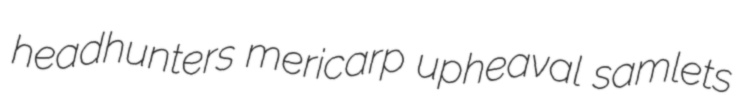
headhunters mericarp upheaval samlets